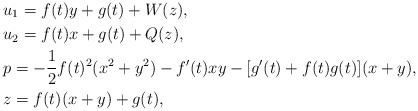
\begin{align*}& u_{1}=f(t)y+g(t)+W(z),\\& u_{2}=f(t)x+g(t)+Q(z),\\& p=-\frac{1}{2}f(t)^{2}(x^{2}+y^{2})-f^{\prime}(t)xy-[g^{\prime}(t)+f(t)g(t)](x+y),\\& z=f(t)(x+y)+g(t),\end{align*}